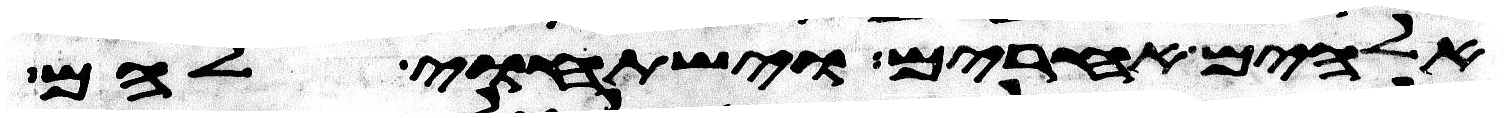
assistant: אלהים אחרים וישתחוי להם